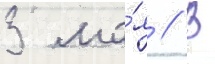
3 ма́я // В